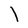
Character: l